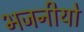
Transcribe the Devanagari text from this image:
भजनीयो